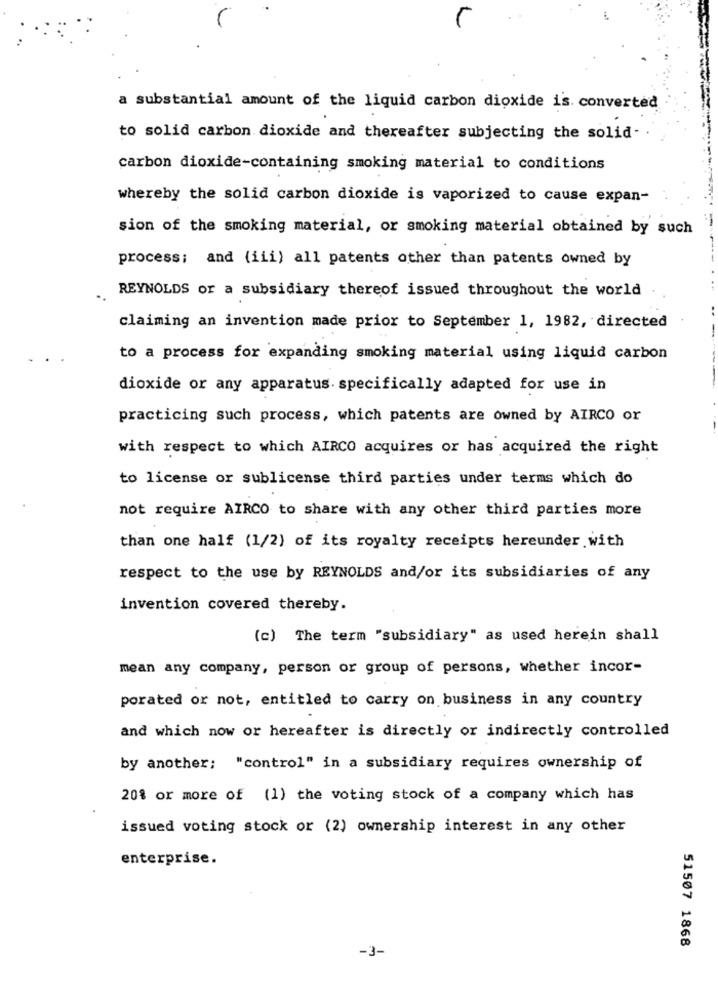
a substantial amount of the liquid carbon dioxide is. converted
to solid carbon dioxide and thereafter subjecting the solid-
carbon dioxide-containing smoking material to conditions
whereby the solid carbon dioxide is vaporized to cause expan-
sion of the smoking material, or smoking material obtained by such
process; and (iii) all patents other than patents owned by
REYNOLDS or a subsidiary thereof issued throughout the world
claiming an invention made prior to September 1, 1982, directed
to a process for expanding smoking material using liquid carbon
dioxide or any apparatus. specifically adapted for use in
practicing such process, which patents are owned by AIRCO or
with respect to which AIRCO acquires or has acquired the right
to license or sublicense third parties under terms which do
not require AIRCO to share with any other third parties more
than one half (1/2) of its royalty receipts hereunder with
respect to the use by REYNOLDS and/or its subsidiaries of any
invention covered thereby.
(c) The term "subsidiary" as used herein shall
mean any company, person or group of persons, whether incor-
porated or not, entitled to carry on business in any country
and which now or hereafter is directly or indirectly controlled
by another; "control" in a subsidiary requires ownership of
20% or more of (1) the voting stock of a company which has
issued voting stock or (2) ownership interest in any other
enterprise.
51507 1868
-3-